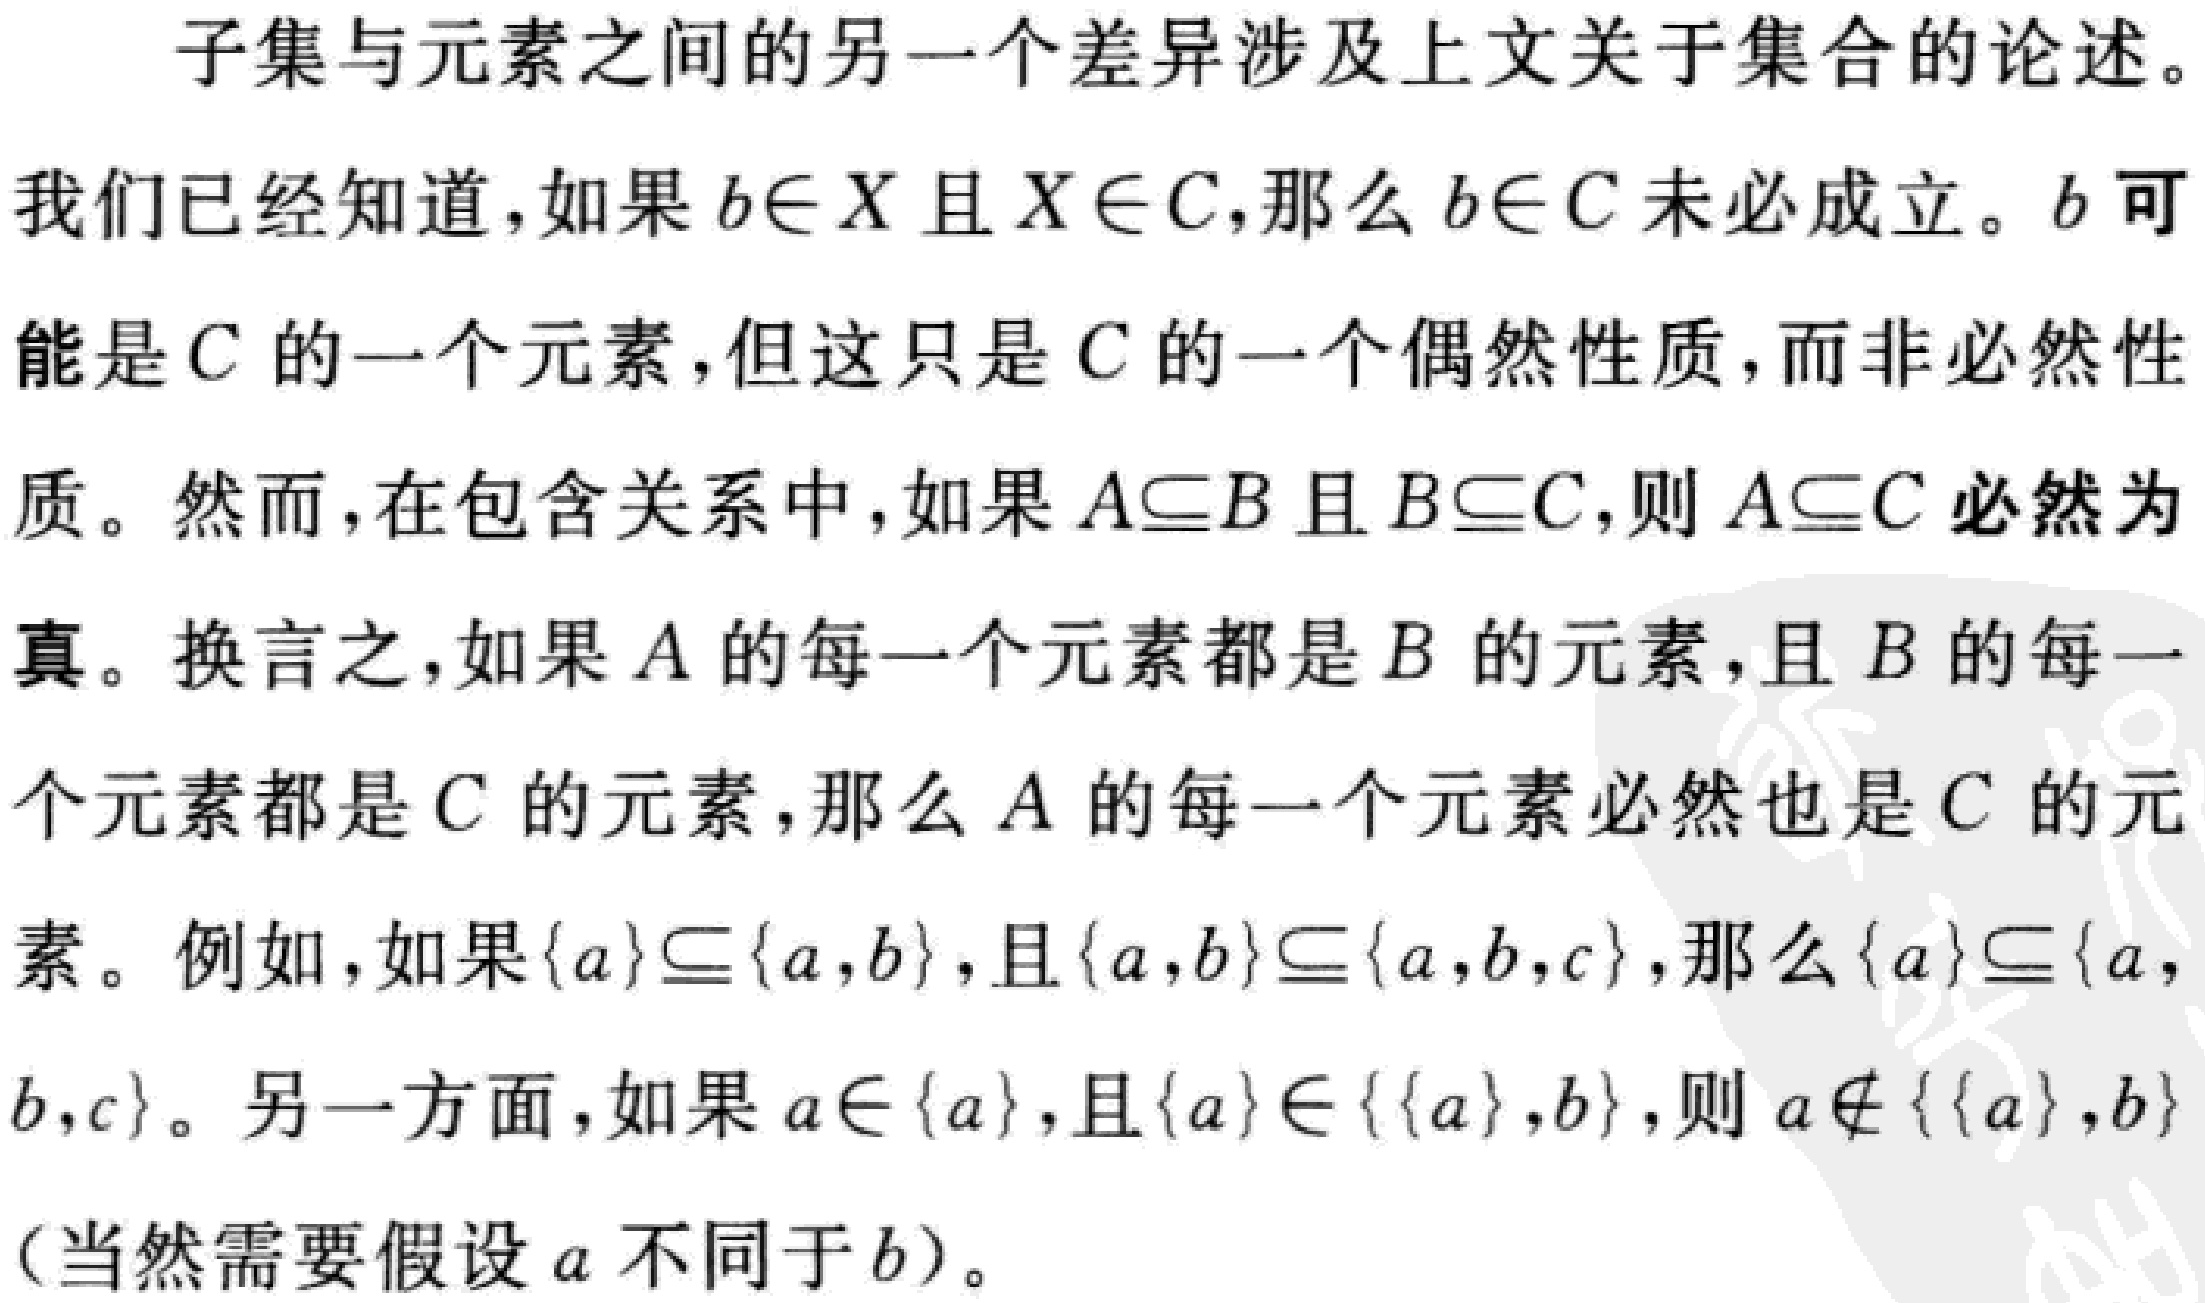
子集与元素之间的另一个差异涉及上文关于集合的论述。

我们已经知道，如果\(b\in X\)且\(X\in C\)，那么\(b\in C\)未必成立。\(b\)可能是\(C\)的一个元素，但这只是\(C\)的一个偶然性质，而非必然性质。然而，在包含关系中，如果\(A\subseteq B\)且\(B\subseteq C\)，则\(A\subseteq C\)必然为真。换言之，如果\(A\)的每一个元素都是\(B\)的元素，且\(B\)的每一个元素都是\(C\)的元素，那么\(A\)的每一个元素必然也是\(C\)的元素。例如，如果\(\{a\}\subseteq\{a,b\}\)，且\(\{a,b\}\subseteq\{a,b,c\}\)，那么\(\{a\}\subseteq\{a,b,c\}\)。另一方面，如果\(a\in\{a\}\)，且\(\{a\}\in\{\{a\},b\}\)，则\(a\notin\{\{a\},b\}\)（当然需要假设\(a\)不同于\(b\)）。